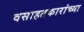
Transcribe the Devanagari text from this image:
वसाहतकारांच्या